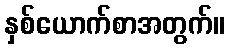
နှစ်ယောက်စာအတွက်။